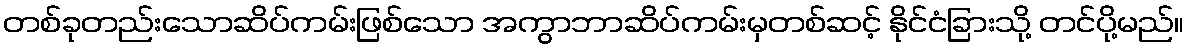
တစ်ခုတည်းသောဆိပ်ကမ်းဖြစ်သော အကွာဘာဆိပ်ကမ်းမှတစ်ဆင့် နိုင်ငံခြားသို့ တင်ပို့မည်။